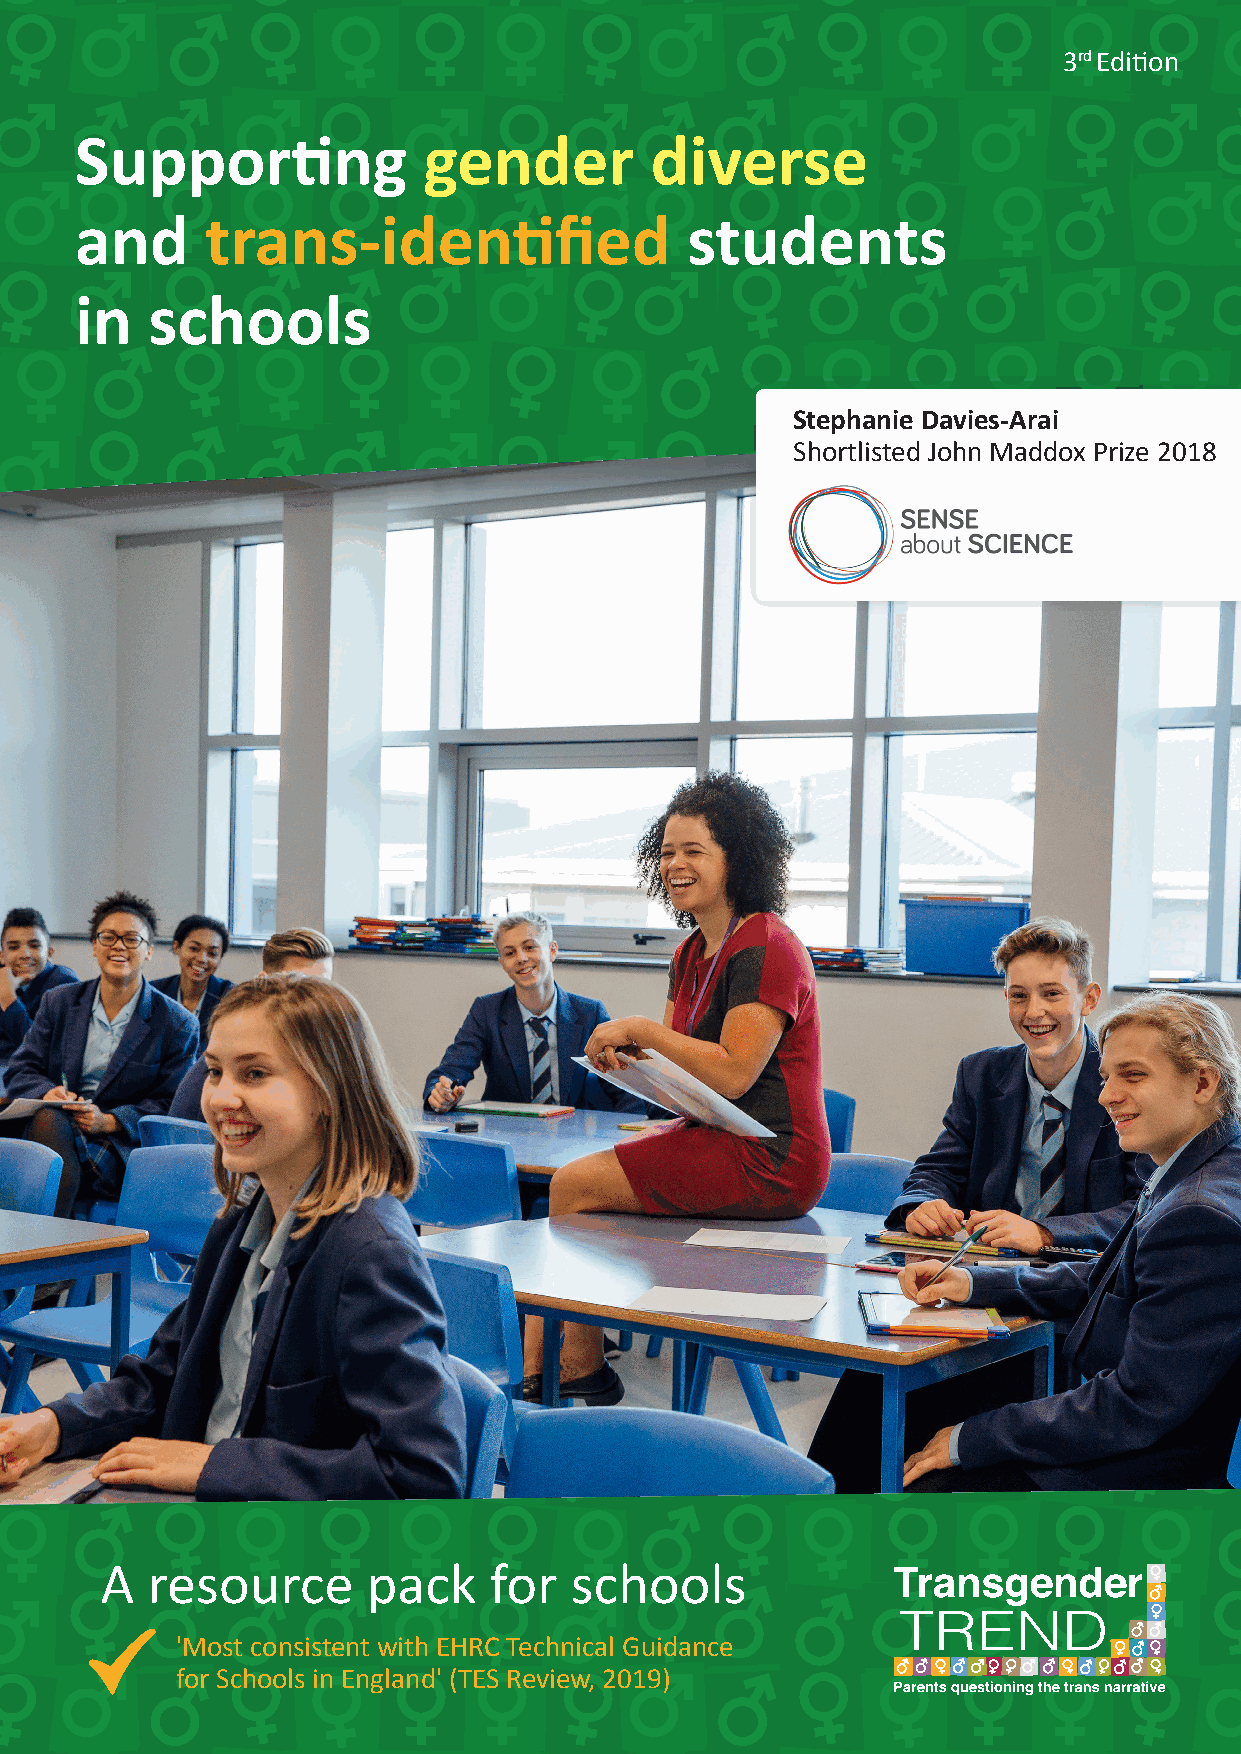
3rd Edition
 Supporting             gender         diverse
 and      trans-identified               students
 in   schools
 Stephanie Davies-Arai
 Shortlisted John Maddox Prize 2018
 A  resource      pack    for   schools
 'Most consistent with EHRC Technical Guidance
 for Schools in England' (TES Review, 2019)